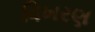
વિખરણ